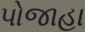
પોજાહા